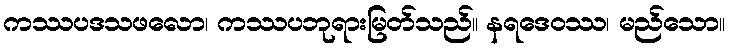
ကဿပဒသဖလော၊ ကဿပဘုရားမြတ်သည်။ နရဒေဝဿ၊ မည်သော။